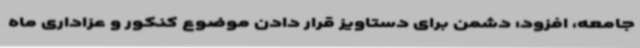
جامعه، افزود: دشمن برای دستاویز قرار دادن موضوع کنکور و عزاداری ماه